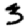
Digit: 3